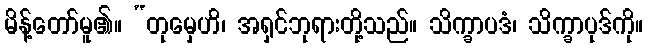
မိန့်တော်မူ၏။ “တုမှေဟိ၊ အရှင်ဘုရားတို့သည်။ သိက္ခာပဒံ၊ သိက္ခာပုဒ်ကို။